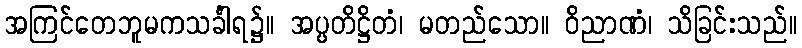
အကြင်တေဘူမကသင်္ခါရ၌။ အပ္ပတိဋ္ဌိတံ၊ မတည်သော။ ဝိညာဏံ၊ သိခြင်းသည်။